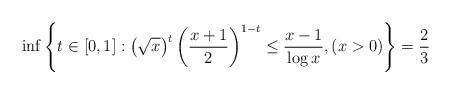
LaTeX: \begin{align*}\inf \left\{t\in[0,1]: \left(\sqrt{x}\right)^t\left(\frac{x+1}{2} \right)^{1-t}\le \frac{x-1}{\log x},(x>0)\right\}=\frac{2}{3}\end{align*}